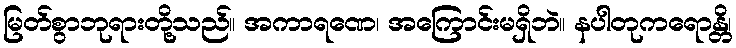
မြတ်စွာဘုရားတို့သည်။ အကာရဏေ၊ အကြောင်းမရှိဘဲ။ နပါတုကရောန္တိ၊